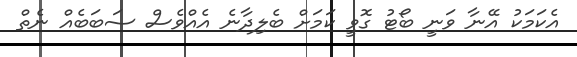
އެކަމަކު އޭނާ ވަނީ ބޯޓު ގޮވީ ކަމަށް ބެލިދާނެ އެއްވެސް ސަބަބެއް ނެތް